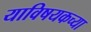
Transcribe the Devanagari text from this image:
याविषयकच्या